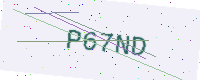
Text: P67ND